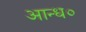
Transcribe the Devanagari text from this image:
आन्ध०